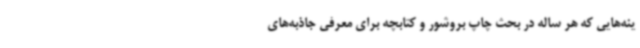
ینه‌هایی که هر ساله در بحث چاپ بروشور و کتابچه برای معرفی جاذبه‌های